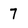
Character: 7